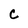
Character: c